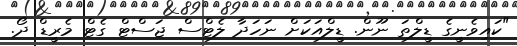
"ކައިވެނީގެ ޑީލްތަ ނޫން. ޑީލްއަކަށް ނަހަދާ ލެޓްސް ޖަސްޓް ގެޓް މެރީޑް ދޯ.